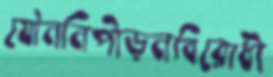
যৌননিপীড়নবিরোধী